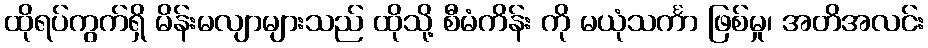
ထိုရပ်ကွက်ရှိ မိန်းမလျာများသည် ထိုသို့ စီမံကိန်း ကို မယုံသင်္ကာ ဖြစ်မှု၊ အတိအလင်း